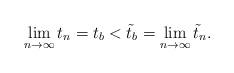
LaTeX: \begin{align*}\lim_{n\to\infty}t_n=t_b<\tilde t_b=\lim_{n\to\infty}\tilde t_n.\end{align*}